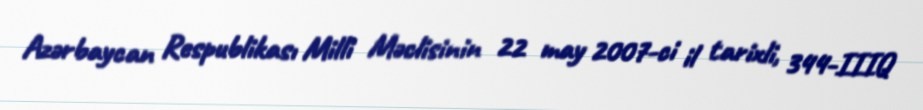
Azərbaycan Respublikası Milli Məclisinin 22 may 2007-ci il tarixli, 344-IIIQ